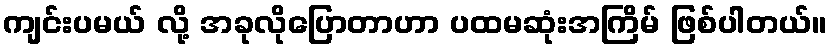
ကျင်းပမယ် လို့ အခုလိုပြောတာဟာ ပထမဆုံးအကြိမ် ဖြစ်ပါတယ်။